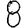
Digit: 8